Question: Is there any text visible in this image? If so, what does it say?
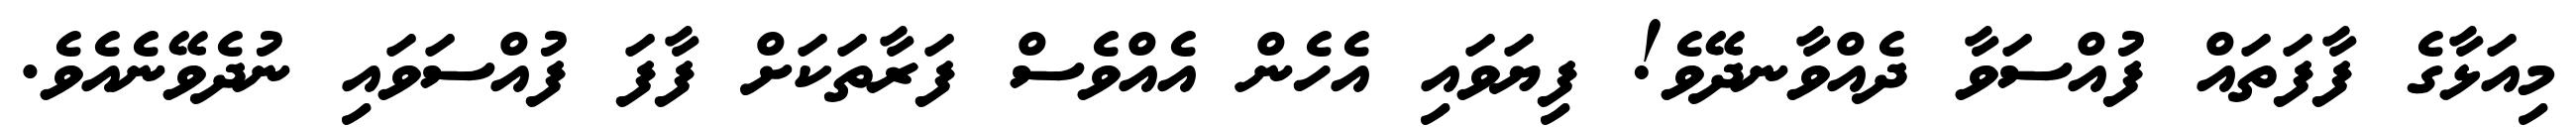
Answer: މިއަޅާގެ ފާފަތައް ފުއްސަވާ ދެއްވާނދޭވެ! ފިޔަވައި އެހެން އެއްވެސް ފަރާތަކަށް ފާފަ ފުއްސަވައި ނުދެވޭނެއެވެ.